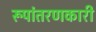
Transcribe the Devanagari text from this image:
रूपांतरणकारी